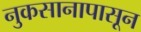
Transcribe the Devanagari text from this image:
नुकसानापासून